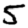
Digit: 5